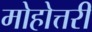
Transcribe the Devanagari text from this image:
मोहोत्तरी